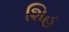
શિહ